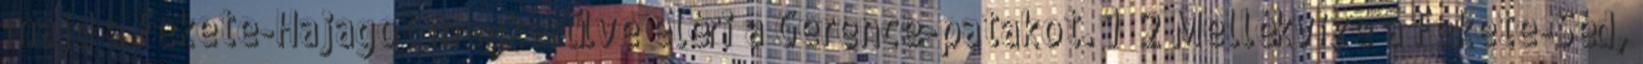
majd a Fekete-Hajagot megkerülve eléri a Gerence-patakot. 1 2 Mellékvize a Fekete-Séd,